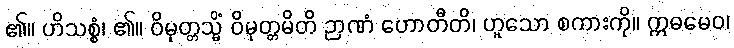
၏။ ဟိသစ္စံ၊ ၏။ ဝိမုတ္တသ္မိံ ဝိမုတ္တမိတိ ဉာဏံ ဟောတီတိ၊ ဟူသော စကားကို။ ဣဓမေဝ၊